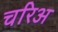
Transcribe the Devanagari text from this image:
चरिअ